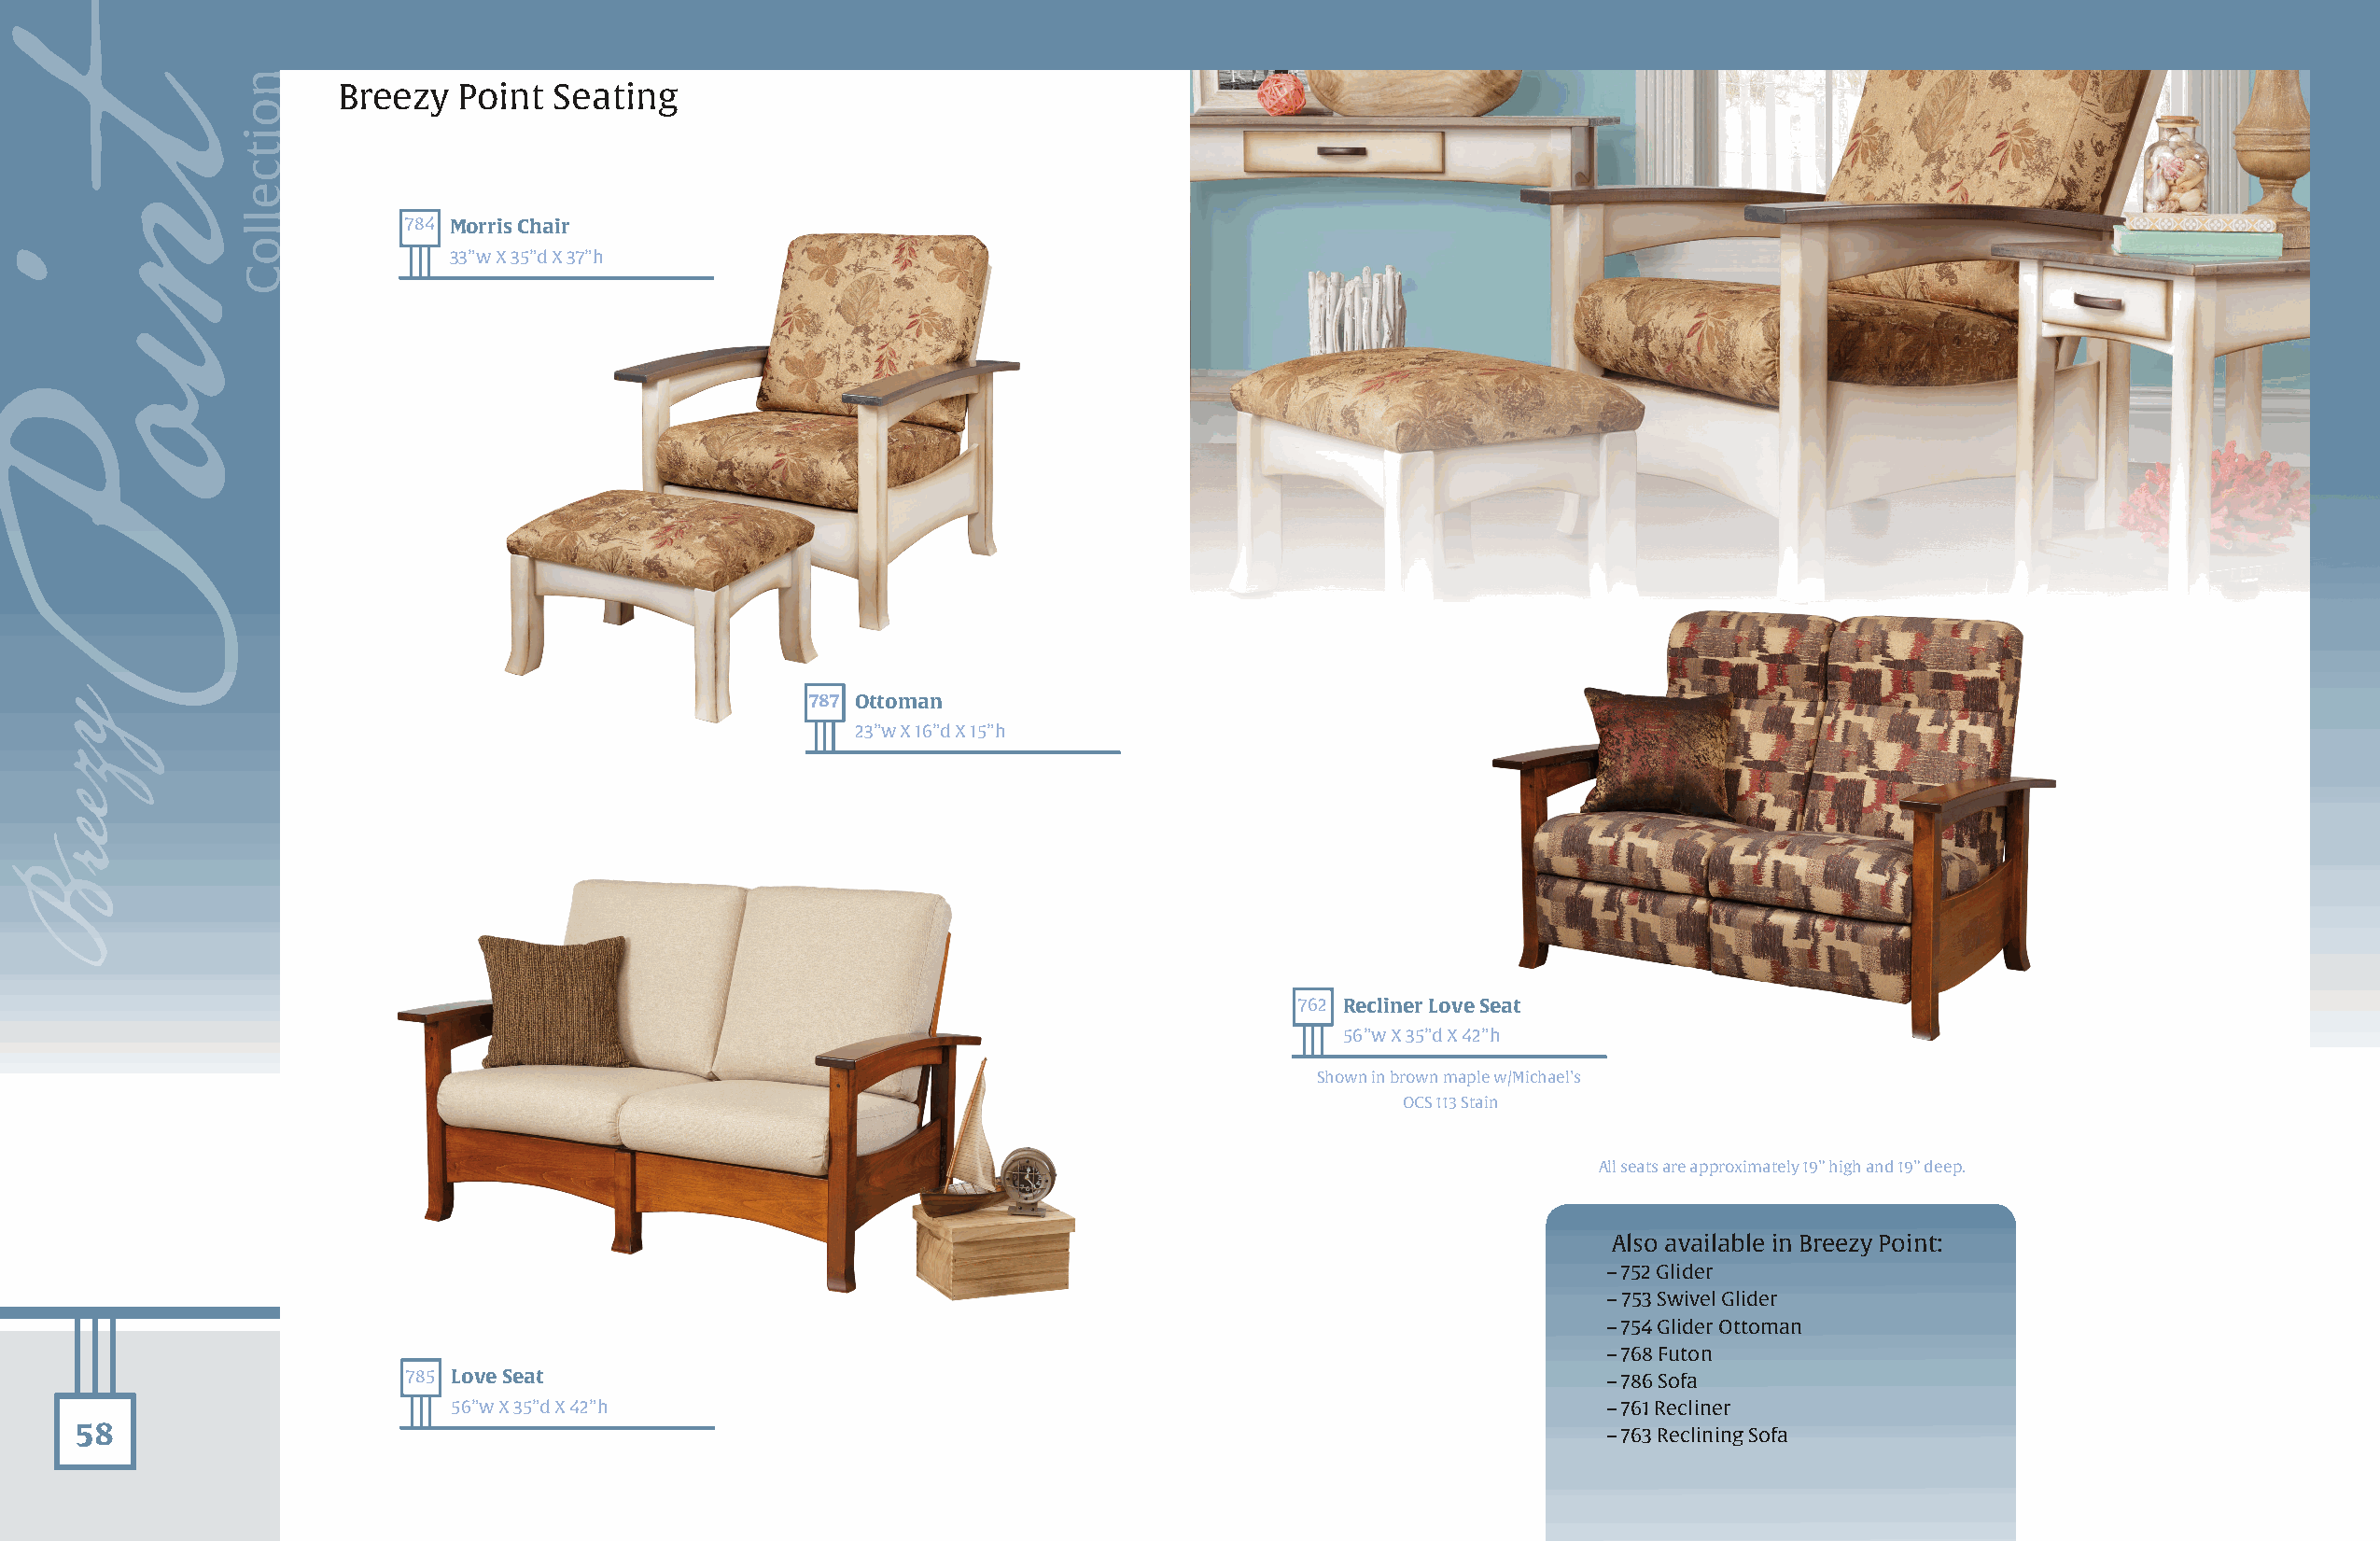
Breezy  Point  Seating
 784 Morris Chair
 33”w X 35”d X 37”h
 787 Ottoman
 23”w X 16”d X 15”h
 762 Recliner Love Seat
 56”w X 35”d X 42”h
 Shown in brown maple w/Michael’s
 OCS 113 Stain
 All seats are approximately 19” high and 19” deep.
 Also available in Breezy Point:
 – 752 Glider
 – 753 Swivel Glider
 – 754 Glider Ottoman
 – 768 Futon
 785 Love Seat                                                                        – 786 Sofa
 56”w X 35”d X 42”h                                                                – 761 Recliner
 58                                                                                                           – 763 Reclining Sofa
 tnioP
 yzeerB
 noitcelloC